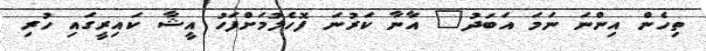
ތިހެން އިންނަ ނަމަ އަބަދު" އާނާ ކަރުނަ ފޮހެލުމަށްފަހު އީޝާ ކައިރީގައި ހުރި